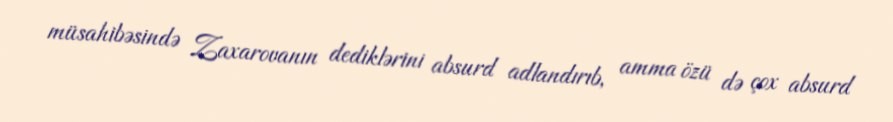
müsahibəsində Zaxarovanın dediklərini absurd adlandırıb, amma özü də çox absurd